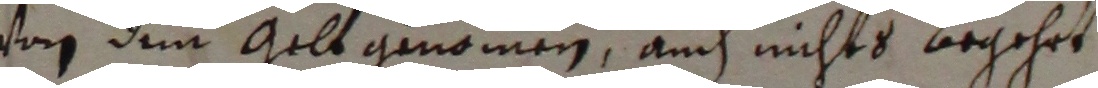
von dem gelt genomen, auch nichts begehrt